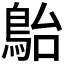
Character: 𩿡